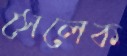
সেলেক